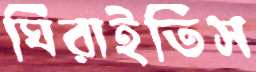
ঘিরাইতিস